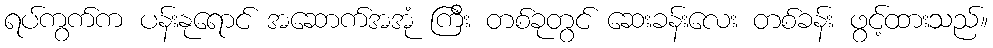
ရပ်ကွက်က ပန်းနုရောင် အဆောက်အအုံ ကြီး တစ်ခုတွင် ဆေးခန်းလေး တစ်ခန်း ဖွင့်ထားသည်။